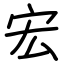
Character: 宏